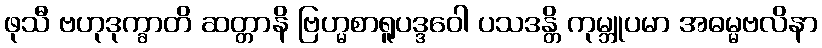
ဖုသီ ဗဟုဒုက္ခာတိ ဆတ္တာနိ ဗြဟ္မစာရူပဒ္ဒဝေါ ပသဒန္တိ ကုမ္ဘူပမာ အဓမ္မဗလိနာ